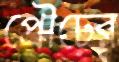
প্রৌঢ়ের